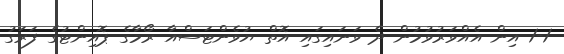
1-1 އިން އެއްވަރުވުމުން ދެ ވަނައިގައި އޮތް ޔުވެންޓަސްއާ ރޯމާގެ ޕޮއިންޓުގެ ފަރަގު